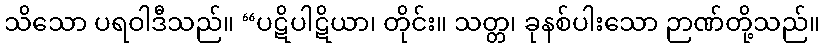
သိသော ပရဝါဒီသည်။ “ပဋိပါဋိယာ၊ တိုင်း။ သတ္တ၊ ခုနစ်ပါးသော ဉာဏ်တို့သည်။